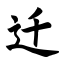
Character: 迁